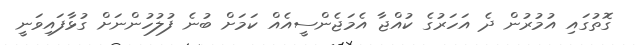
ގޮތުގައި އުމުރުން ދެ އަހަރުގެ ކުއްޖާ އެމަޖެންސީއެއް ކަމަށް ބުނެ ފުލުހުންނަށް ގުޅާފައިވަނީ